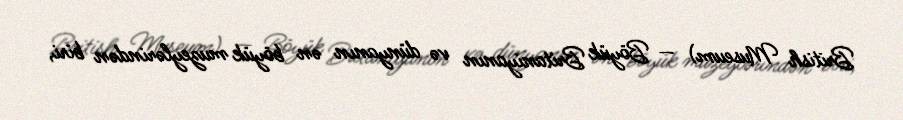
British Museum) — Böyük Britaniyanın və dünyanın ən böyük muzeylərindən biri,